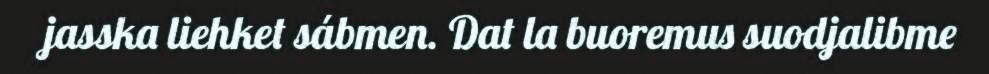
jasska liehket sábmen. Dat la buoremus suodjalibme